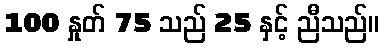
100 နှုတ် 75 သည် 25 နှင့် ညီသည်။